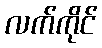
လက်ကိုင်